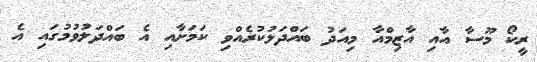
ރީކޯ މޫސާ އާއި އާޒިމްއާ މިއަދު ބައްދަލުކުރެއްވި ކަމަށާއި އެ ބައްދަލުވުމުގައި އެ